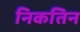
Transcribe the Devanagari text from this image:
निकतिन